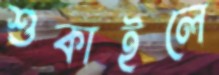
শুকাইলে